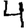
Digit: 4